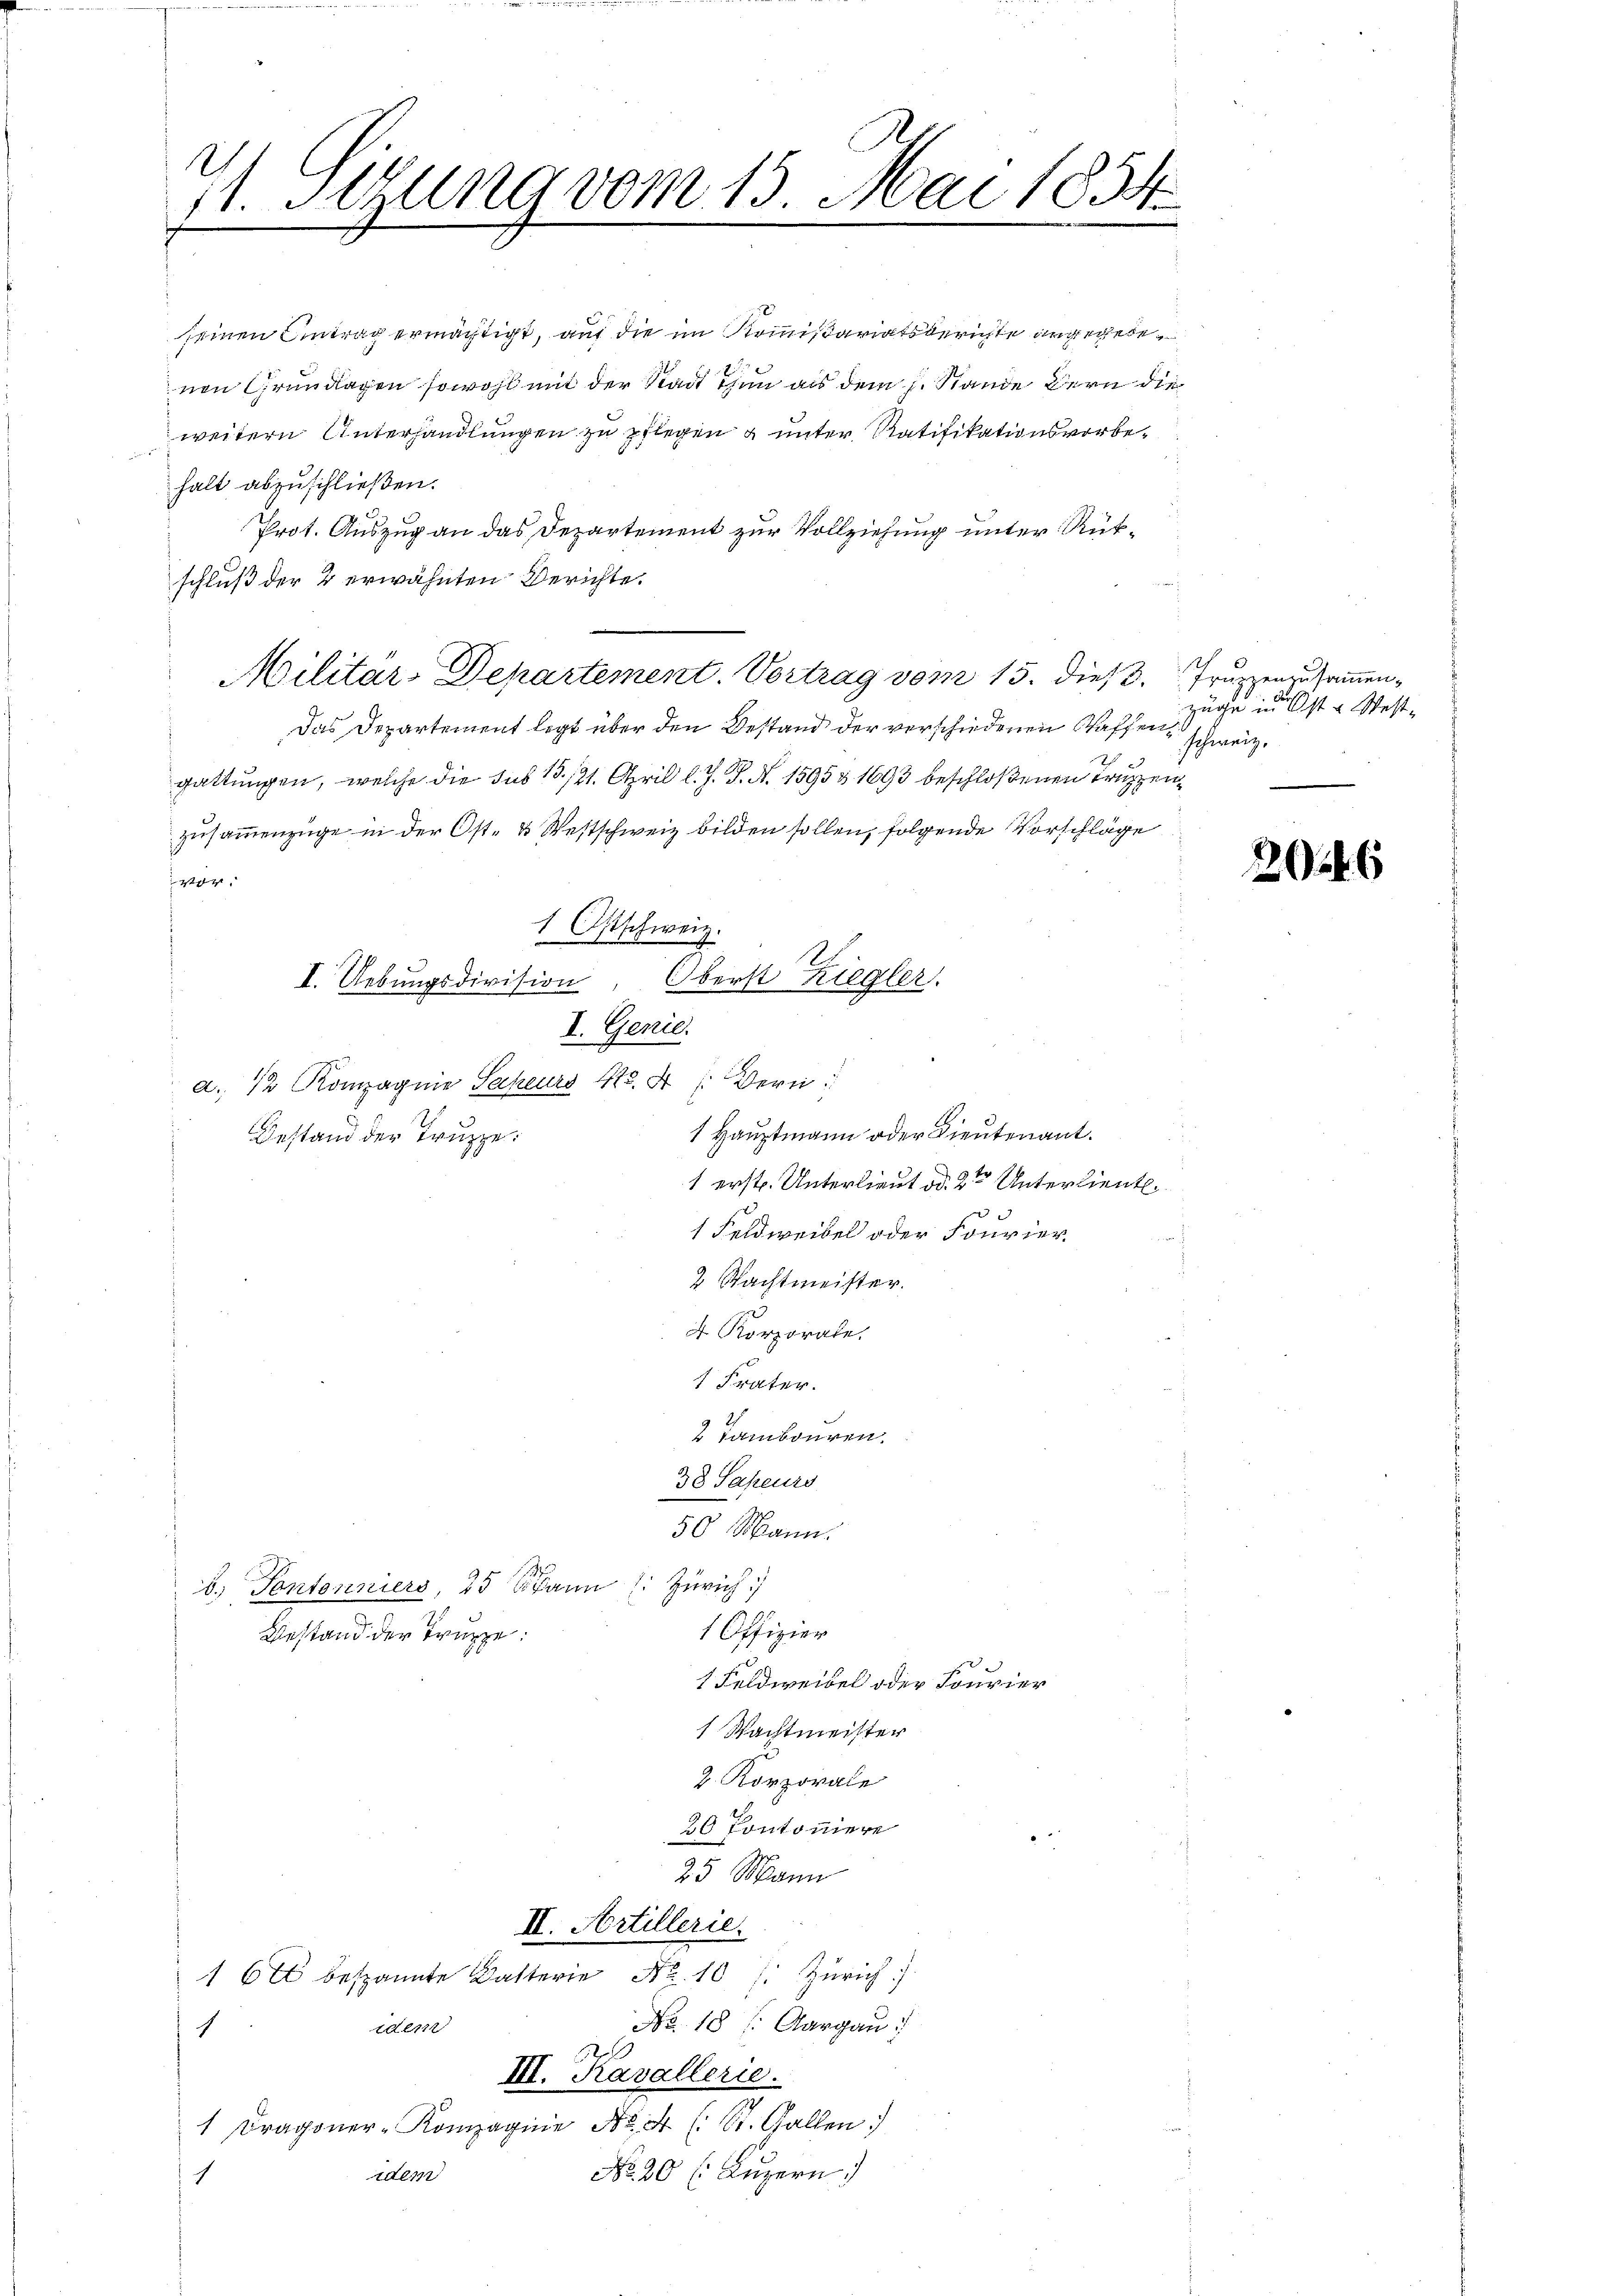
e

.
11. Stung vom 15. Mai 1854

seinen Antrag ermächtigt, auf die im Kommißariatsberichte angegebenen Grundlagen sowohl mit der Stadt Thun als dem h. Stande Bern die
weitern Unterhandlungen zu pflegen & unter Ratifikationsvorbehalt abzuschließen.
Prot. Auszug an das Departement zur Vollziehung unter Rükschluß der 2 erwähnten Berichte.
Das Departement legt über den Bestand der verschiedenen Waffengattungen, welche die sub 15./21. April l. J. J. N. 1595 & 1693 beschloßenen Truppen
zusammenzüge in der Ost- & Westschweiz bilden sollen, folgende Vorschläge
st
a. 42 Kompagnie Sapeurs 412. A /: Bern
1 Hauptmann oder Lieutenant.
Bestand der Truppe.
1 erst. Unterlieut dd. 2ten Unterlieut.
1 Feldweibel oder Fourier
2 Wachtmeister.
4 Korporate.
 Frater.
2 Tambouren.
38 Sapeurs
50 Mann.
b. Fontanniers, 15 Mann (: Zürich)
1 Offizier
Bestand der Truppe:
1 Feldweidel oder Fourier
1 Wachtmeister
2. Korporale
20 Pontoniere
25 Mann
II. Artillerier
16x bespannte Katterie Nr. 10 s. Zürich)
No. 18 (Aargau
idem
1
III. Kavallerie.
1 Dragoner-Kompagnie No. 44 (: St. Gallen
No. 20 l. Luzern)
idem
1

I. Uebungsdivision,

Militar-Departement. Vortrag vom 15. Dies Gruen zusammen¬

1 Ostschweiz.
e
Oberst Ziegler.
I. Genie.

züge in Ost & Stest.
schweiz.

206